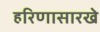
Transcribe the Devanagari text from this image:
हरिणासारखे